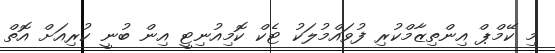
މި ކޭމްޕް އިންތިޒާމްކުރި ފުވައްމުލަކު ޓެކް ކޮމިއުނިޓީ އިން ބުނީ ކުރިއަށް އޮތް